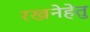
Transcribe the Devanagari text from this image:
रखनेहेतु